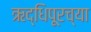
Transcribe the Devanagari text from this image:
ऋद्धिपूरच्या